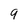
Character: 9